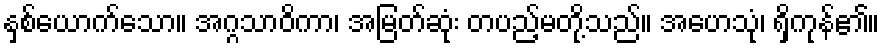
နှစ်ယောက်သော။ အဂ္ဂသာဝိကာ၊ အမြတ်ဆုံး တပည့်မတို့သည်။ အဟေသုံ၊ ရှိကုန်၏။